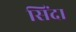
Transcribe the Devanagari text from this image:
सिंदा